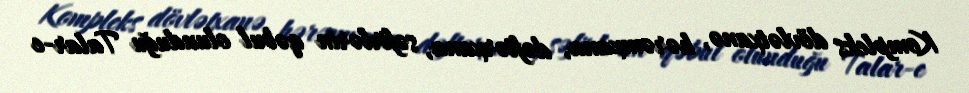
Kompleks dövlətxanə, hərəmxana, dəftərxana, səfirlərin qəbul olunduğu Talar-e